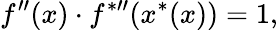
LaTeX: f^{\prime\prime}(x)\cdot f^{{*}\prime\prime}(x^{*}(x))=1,